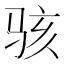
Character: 骇